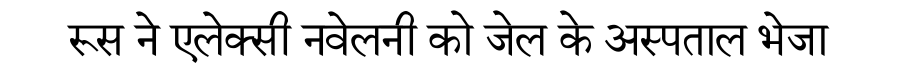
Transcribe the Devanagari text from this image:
रूस ने एलेक्सी नवेलनी को जेल के अस्पताल भेजा